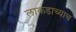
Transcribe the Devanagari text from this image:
लाकडाच्याच